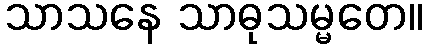
သာသနေ သာဓုသမ္မတေ။